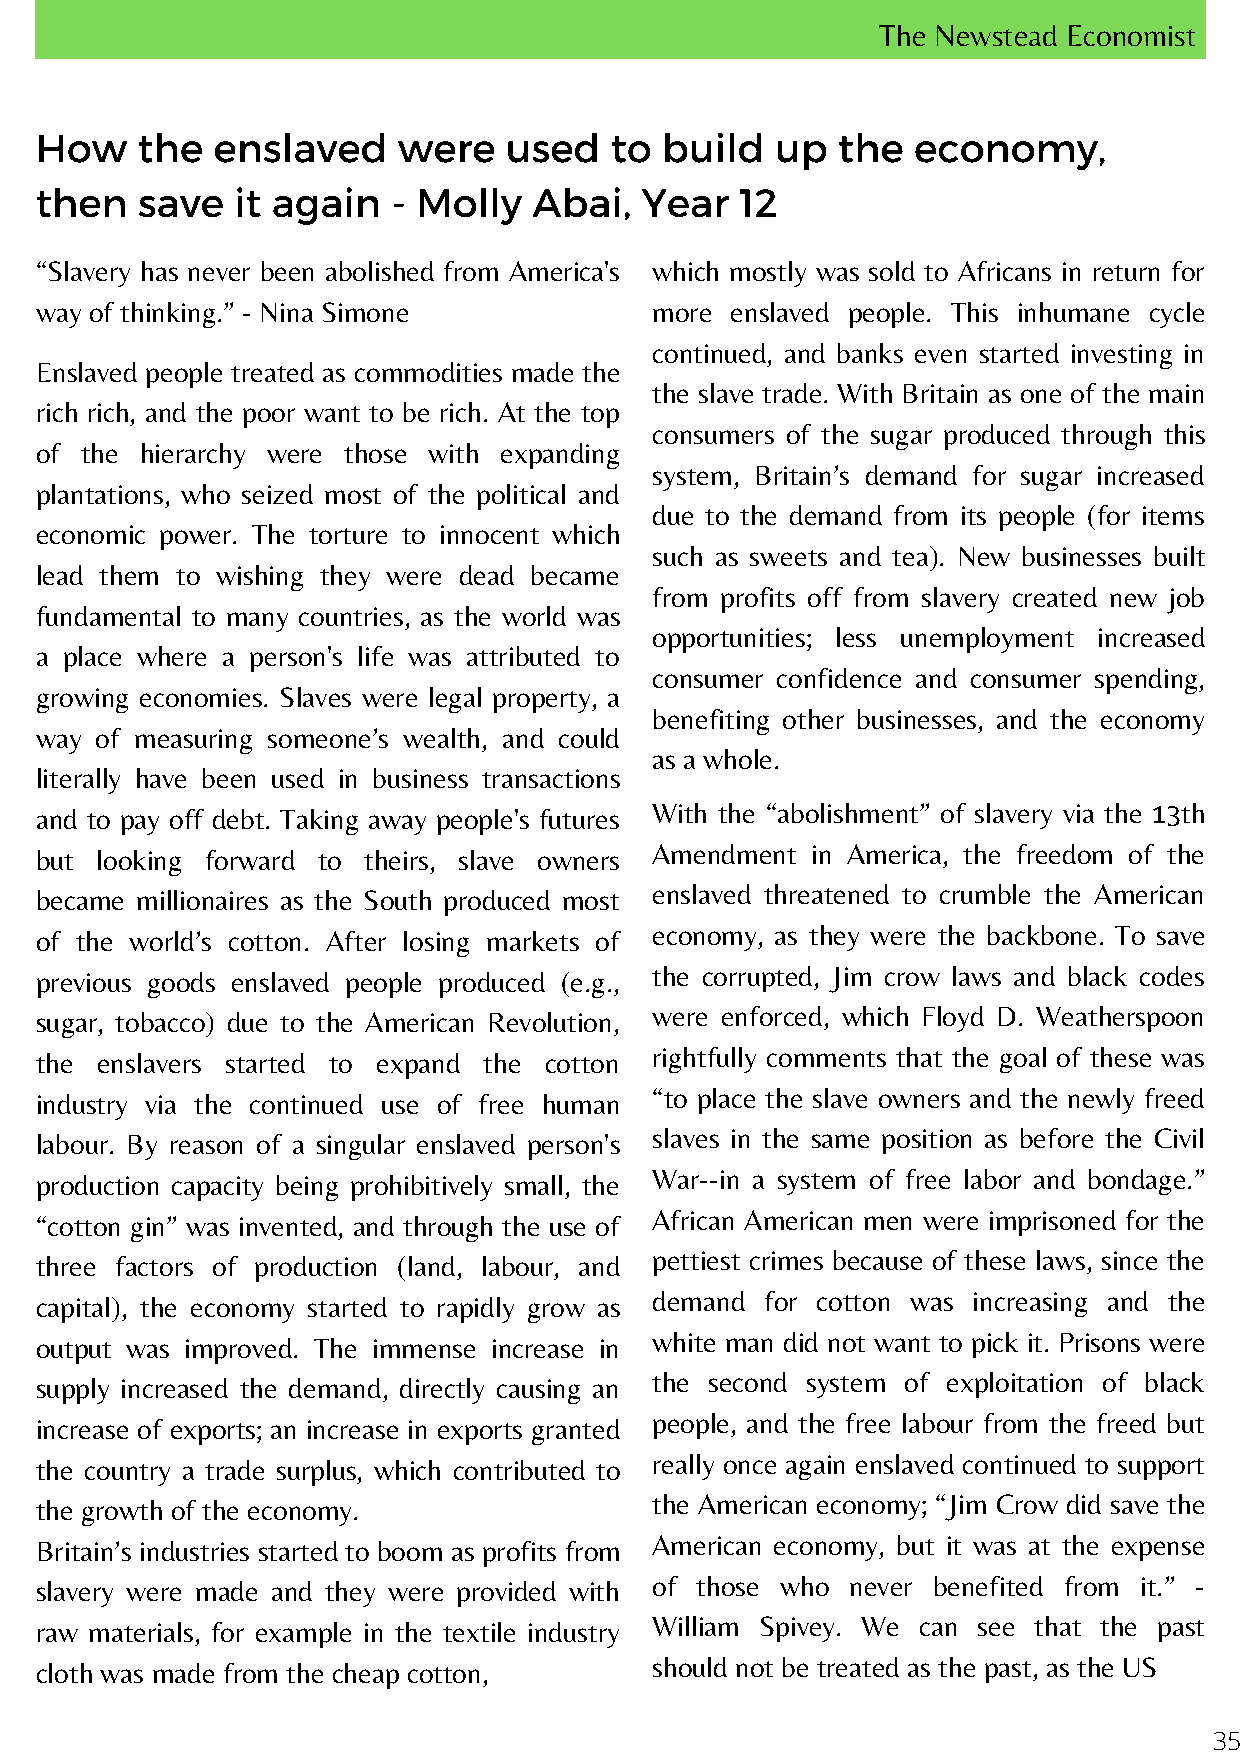
The Newstead Economist
 How    the  enslaved    were   used   to  build  up  the  economy,
 then   save   it again  - Molly  Abai,  Year   12
 “Slavery has never been abolished from America's which mostly was sold to Africans in return for
 way of thinking.” - Nina Simone          more enslaved people. This inhumane cycle
 continued, and banks even started investing in
 Enslaved people treated as commodities made the
 the slave trade. With Britain as one of the main
 rich rich, and the poor want to be rich. At the top
 consumers of the sugar produced through this
 of the hierarchy were those with expanding
 system, Britain’s demand for sugar increased
 plantations, who seized most of the political and
 due to the demand from its people (for items
 economic power. The torture to innocent which
 such as sweets and tea). New businesses built
 lead them to wishing they were dead became
 from profits off from slavery created new job
 fundamental to many countries, as the world was
 opportunities; less unemployment increased
 a place where a person's life was attributed to
 consumer confidence and consumer spending,
 growing economies. Slaves were legal property, a
 benefiting other businesses, and the economy
 way of measuring someone’s wealth, and could
 as a whole.
 literally have been used in business transactions
 and to pay off debt. Taking away people's futures With the “abolishment” of slavery via the 13th
 but looking forward to theirs, slave owners Amendment in America, the freedom of the
 became millionaires as the South produced most enslaved threatened to crumble the American
 of the world’s cotton. After losing markets of economy, as they were the backbone. To save
 previous goods enslaved people produced (e.g., the corrupted, Jim crow laws and black codes
 sugar, tobacco) due to the American Revolution, were enforced, which Floyd D. Weatherspoon
 the enslavers started to expand the cotton rightfully comments that the goal of these was
 industry via the continued use of free human “to place the slave owners and the newly freed
 labour. By reason of a singular enslaved person's slaves in the same position as before the Civil
 production capacity being prohibitively small, the War--in a system of free labor and bondage.”
 “cotton gin” was invented, and through the use of African American men were imprisoned for the
 three factors of production (land, labour, and pettiest crimes because of these laws, since the
 capital), the economy started to rapidly grow as demand for cotton was increasing and the
 output was improved. The immense increase in white man did not want to pick it. Prisons were
 supply increased the demand, directly causing an the second system of exploitation of black
 increase of exports; an increase in exports granted people, and the free labour from the freed but
 the country a trade surplus, which contributed to really once again enslaved continued to support
 the growth of the economy.               the American economy; “Jim Crow did save the
 Britain’s industries started to boom as profits from American economy, but it was at the expense
 slavery were made and they were provided with of those who never benefited from it.” -
 raw materials, for example in the textile industry William Spivey. We can see that the past
 cloth was made from the cheap cotton,    should not be treated as the past, as the US
 35